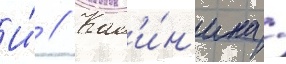
И́ // Кал'и́н'ина /